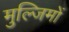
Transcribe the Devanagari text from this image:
मुल्जिमों